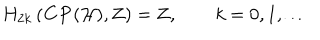
H _ { 2 k } \left( { \bf C P } ( { \cal H } ) , { \bf Z } \right) = { \bf Z } , \qquad k = 0 , 1 , \ldots